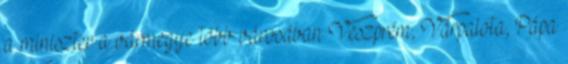
a miniszter a vármegye több városában Veszprém, Várpalota, Pápa